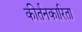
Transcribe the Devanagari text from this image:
कीर्तनकारिता